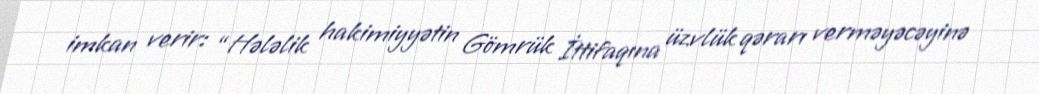
imkan verir: “Hələlik hakimiyyətin Gömrük İttifaqına üzvlük qərarı verməyəcəyinə